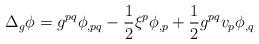
LaTeX: \begin{align*}\Delta_g \phi&=g^{pq}\phi_{,pq}-\frac{1}{2}\xi^p\phi_{,p}+\frac{1}{2}g^{pq}v_p\phi_{,q}\end{align*}